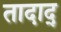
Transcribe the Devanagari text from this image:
तादाद्